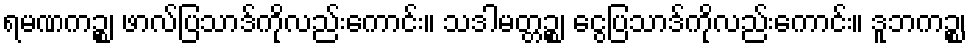
ရမဏကဉ္စ၊ ဖာလ်ပြသာဒ်ကိုလည်းကောင်း။ သဒါမတ္တဉ္စ၊ ငွေပြသာဒ်ကိုလည်းကောင်း။ ဒူဘကဉ္စ၊